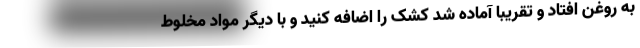
به روغن افتاد و تقریبا آماده شد کشک را اضافه کنید و با دیگر مواد مخلوط